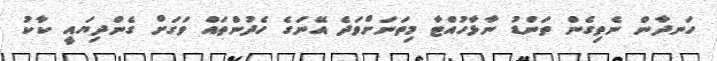
ހަނދާން ނެތިގެން ތަންޑު ނާޅާހުއްޓާ މިތަނަށްވަދެ އޭނަގެ ހެދުންތައް ވަގަށް ގެންދިޔައީ ކާކު